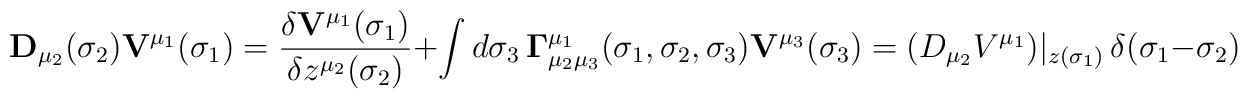
{\bf D}_{\mu _2}(\sigma _2){\bf V}^{\mu _1}(\sigma _1)={\frac{\delta {\bf V}^{\mu _1}(\sigma _1)}{\delta z^{\mu _2}(\sigma _2)}}+\int d\sigma _3\,{\bf \Gamma }_{\mu _2\mu _3}^{\mu _1}(\sigma _1,\sigma _2,\sigma _3){\bf V}^{\mu_3}(\sigma _3) =(D_{\mu _2}V^{\mu_1})|_{z(\sigma _1)}\,\delta (\sigma _1-\sigma _2)